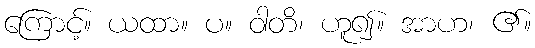
ကြောင့်။ ယထာ။ ပ။ ဝါတိ၊ ဟူ၍။ အာဟ၊ ၏။